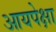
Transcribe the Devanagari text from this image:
आयपेक्षा